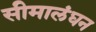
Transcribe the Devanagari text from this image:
सीमालंघन